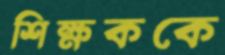
শিক্ষককে